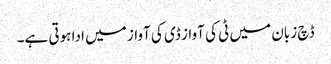
ڈچ زبان میں ٹی کی آواز ڈی کی آواز میں ادا ہوتی ہے۔